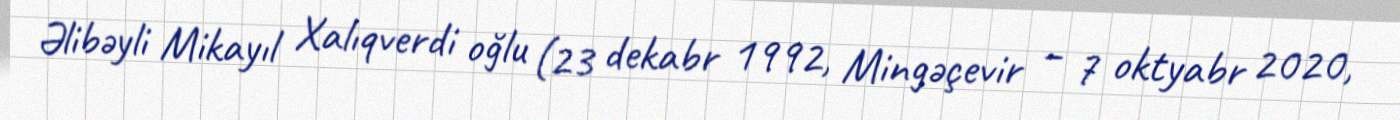
Əlibəyli Mikayıl Xalıqverdi oğlu (23 dekabr 1992, Mingəçevir – 7 oktyabr 2020,